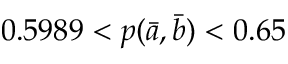
0 . 5 9 8 9 < p ( \bar { a } , \bar { b } ) < 0 . 6 5